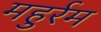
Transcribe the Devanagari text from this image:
महुर्रम